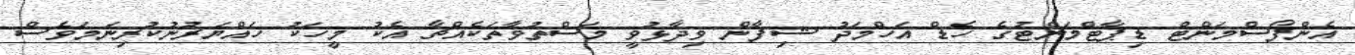
އެންފޯސްމަންޓް ޑިޕާޓްމަންޓުގެ ހެޑް އަހްމަދު ޝިފާން ވިދާޅުވީ މަސްތުވާތަކެއްޗާ އެކު މީހަކު ހައްޔަރުނުކުރިނަމަވެސް